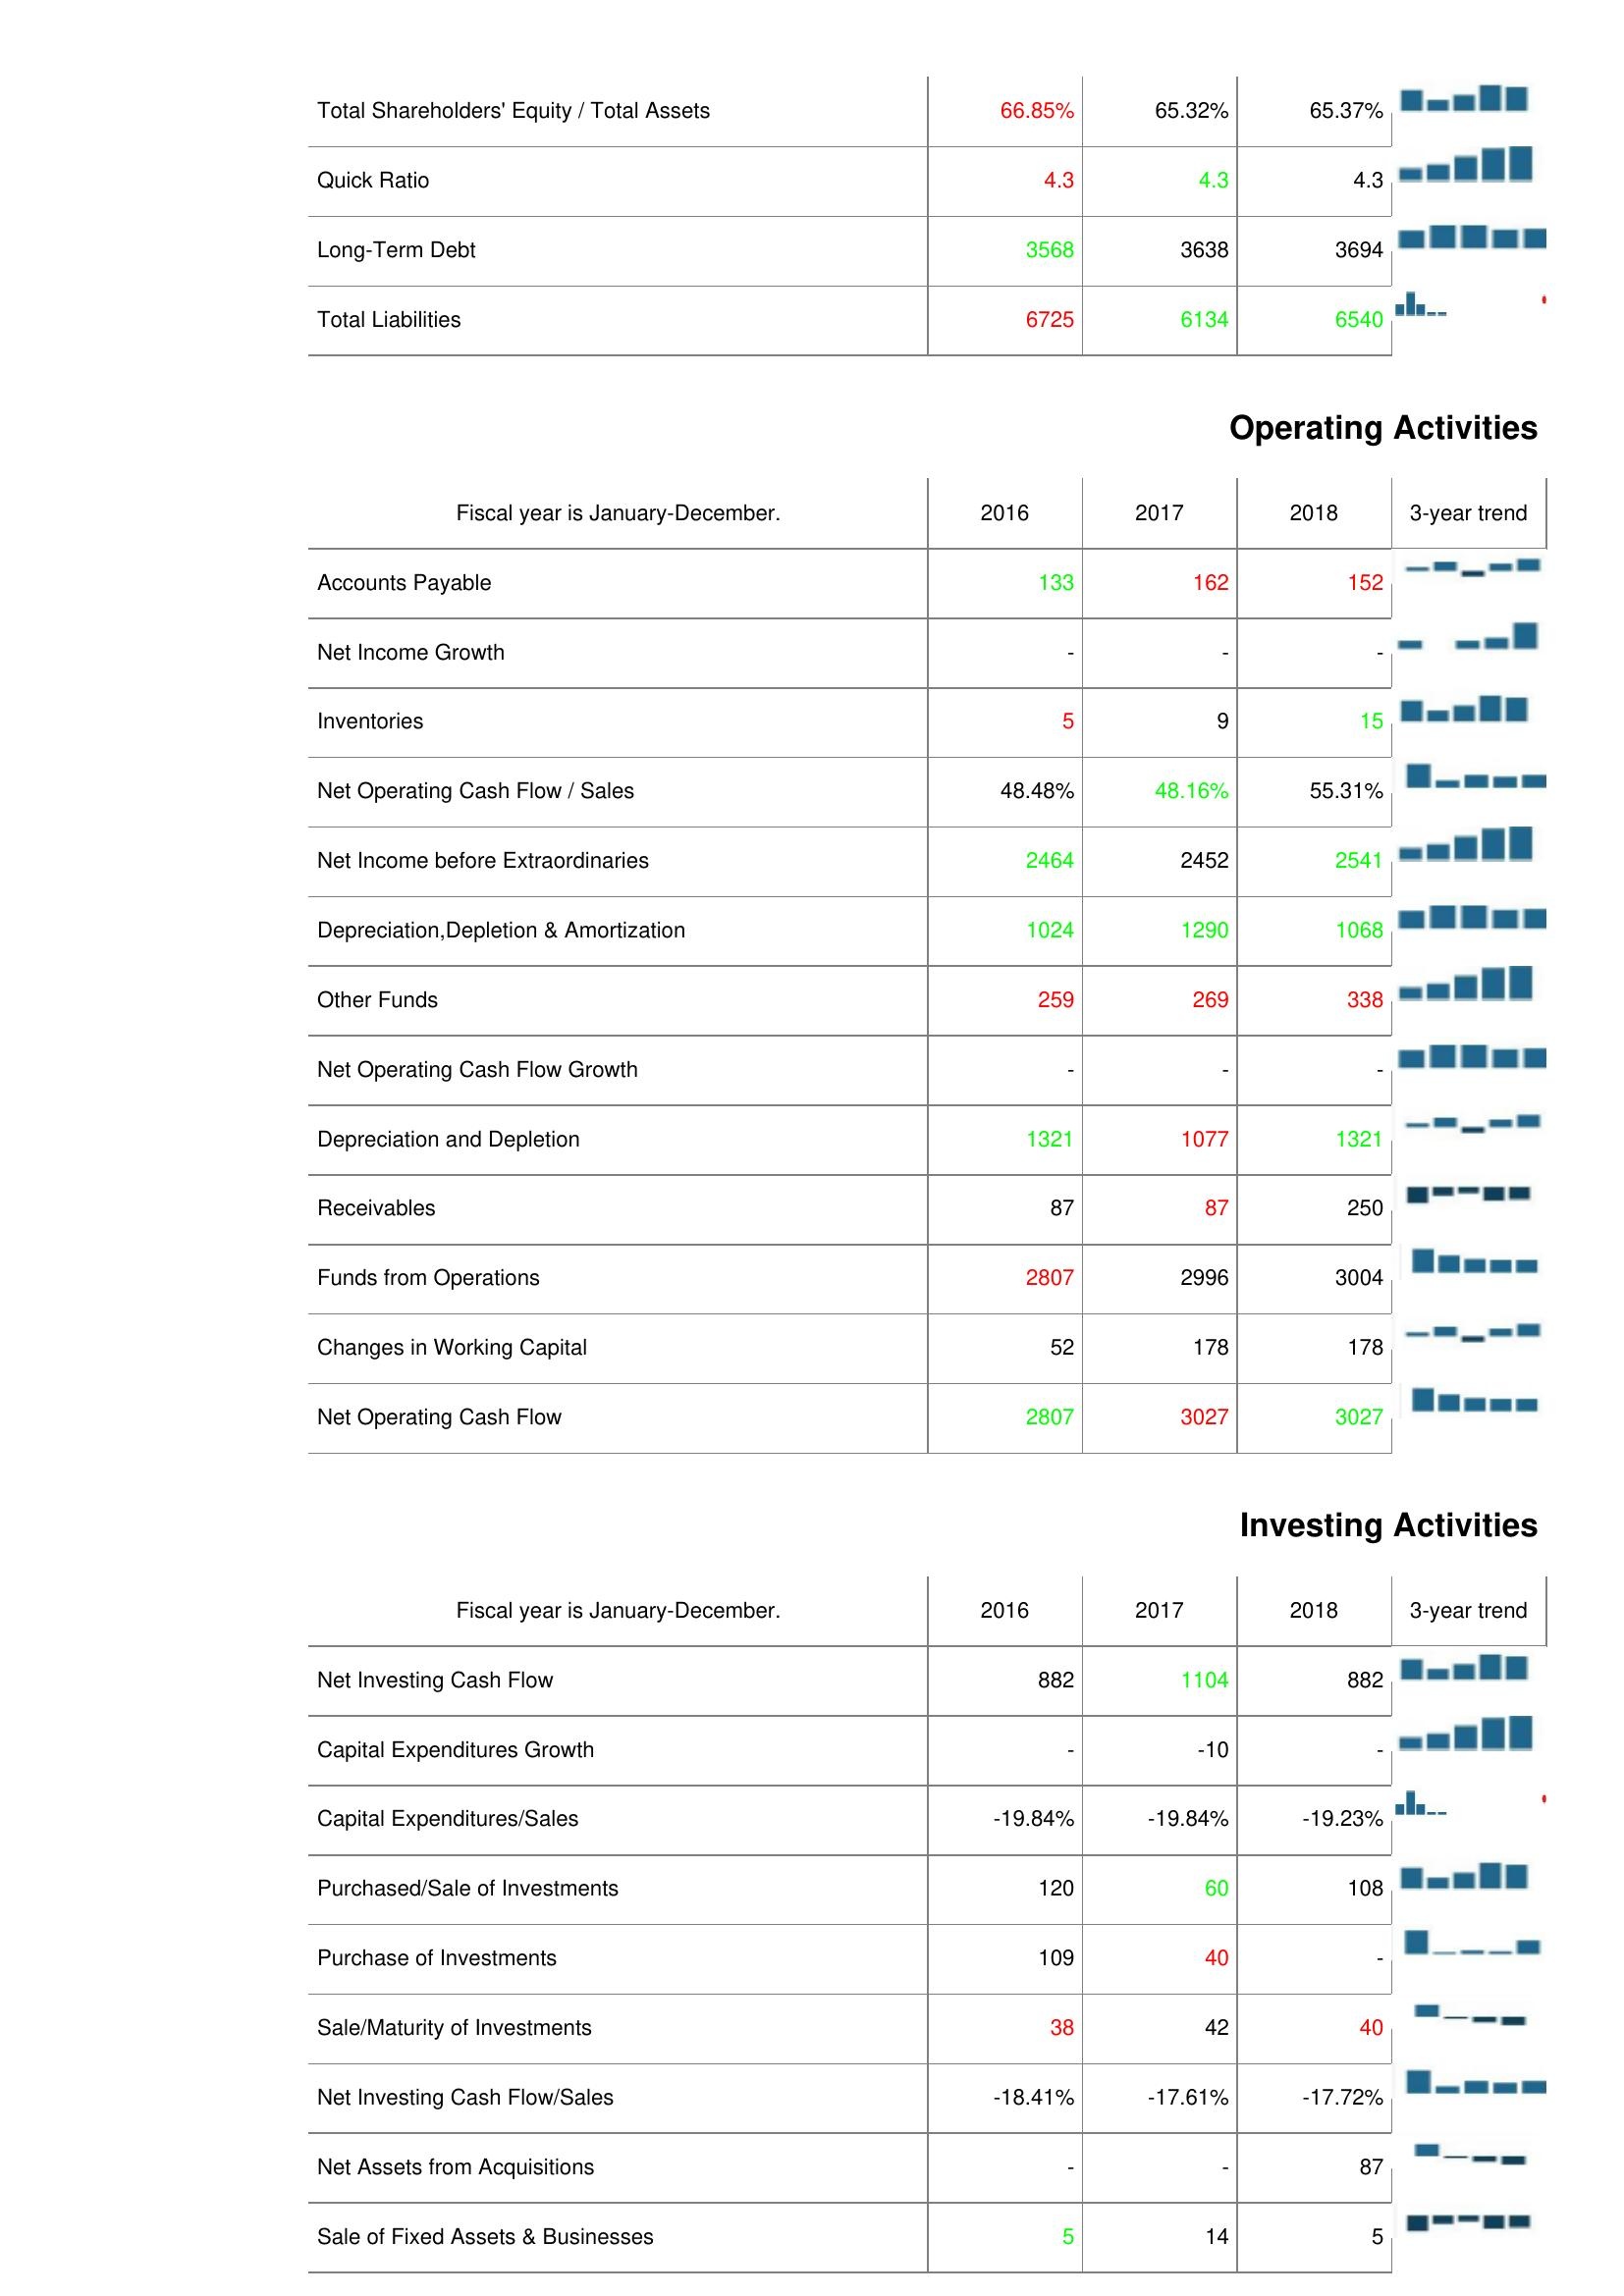
2016: Liabilities & Shareholder's Equity: Total Shareholders' Equity / Total Assets: 66.85%
Quick Ratio: 4.3
Long-Term Debt: 3568
Total Liabilities: 6725
Operating Activities: Accounts Payable: 133
Net Income Growth: -
Inventories: 5
Net Operating Cash Flow / Sales: 48.48%
Net Income before Extraordinaries: 2464
Depreciation,Depletion & Amortization: 1024
Other Funds: 259
Net Operating Cash Flow Growth: -
Depreciation and Depletion: 1321
Receivables: 87
Funds from Operations: 2807
Changes in Working Capital: 52
Net Operating Cash Flow: 2807
Investing Activities: Net Investing Cash Flow: 882
Capital Expenditures Growth: -
Capital Expenditures/Sales: -19.84%
Purchased/Sale of Investments: 120
Purchase of Investments: 109
Sale/Maturity of Investments: 38
Net Investing Cash Flow/Sales: -18.41%
Net Assets from Acquisitions: -
Sale of Fixed Assets & Businesses: 5
2017: Liabilities & Shareholder's Equity: Total Shareholders' Equity / Total Assets: 65.32%
Quick Ratio: 4.3
Long-Term Debt: 3638
Total Liabilities: 6134
Operating Activities: Accounts Payable: 162
Net Income Growth: -
Inventories: 9
Net Operating Cash Flow / Sales: 48.16%
Net Income before Extraordinaries: 2452
Depreciation,Depletion & Amortization: 1290
Other Funds: 269
Net Operating Cash Flow Growth: -
Depreciation and Depletion: 1077
Receivables: 87
Funds from Operations: 2996
Changes in Working Capital: 178
Net Operating Cash Flow: 3027
Investing Activities: Net Investing Cash Flow: 1104
Capital Expenditures Growth: -10
Capital Expenditures/Sales: -19.84%
Purchased/Sale of Investments: 60
Purchase of Investments: 40
Sale/Maturity of Investments: 42
Net Investing Cash Flow/Sales: -17.61%
Net Assets from Acquisitions: -
Sale of Fixed Assets & Businesses: 14
2018: Liabilities & Shareholder's Equity: Total Shareholders' Equity / Total Assets: 65.37%
Quick Ratio: 4.3
Long-Term Debt: 3694
Total Liabilities: 6540
Operating Activities: Accounts Payable: 152
Net Income Growth: -
Inventories: 15
Net Operating Cash Flow / Sales: 55.31%
Net Income before Extraordinaries: 2541
Depreciation,Depletion & Amortization: 1068
Other Funds: 338
Net Operating Cash Flow Growth: -
Depreciation and Depletion: 1321
Receivables: 250
Funds from Operations: 3004
Changes in Working Capital: 178
Net Operating Cash Flow: 3027
Investing Activities: Net Investing Cash Flow: 882
Capital Expenditures Growth: -
Capital Expenditures/Sales: -19.23%
Purchased/Sale of Investments: 108
Purchase of Investments: -
Sale/Maturity of Investments: 40
Net Investing Cash Flow/Sales: -17.72%
Net Assets from Acquisitions: 87
Sale of Fixed Assets & Businesses: 5